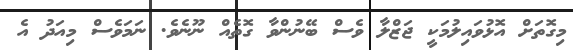
މިގޮތަށް އޮޅުވައިލުމަކީ ޖަޒްލާ ވެސް ބޭނުންވާ ގޮތެއް ނޫނެވެ. ނަމަވެސް މިއަދު އެ